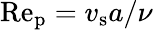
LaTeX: \mathrm{Re_{\mathrm{p}}}={v}_{\mathrm{s}}a/\nu